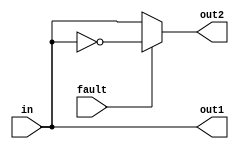
//fanouts
module Fanout (in, out1, out2, fault);
	input in, fault;
	output out1, out2;
	// if fault =1 the out2 is inverted
	assign out1 = in;
	assign out2 = fault ? ~in : in;
endmodule

//inverter
module Inverter (in, out, fault);
	input in, fault;
	output out;
	// if fault =1  out is not inverted
	assign out = fault ? in : ~in;
endmodule

//crosswire
module Crosswire (in1, in2, out1, out2, fault0, fault1);
	input in1, in2,  fault0, fault1;
	output out1, out2;
	// if ~fault1 && fault0  out1  is ~in1
	// if   fault1  && ~fault0 out2 is ~in1 (interference) 
	assign out1 = fault0 ? (~fault1 ? ~in1 : in1) : in1;
	assign out2 = fault1 ? (~fault0 ? ~in1 :in2)  : in2 ;
endmodule

//LshapedWire
module LShapedWire_4 (A, B, fault);
//forward =1 information goes A-> B
//status 00=relax,01=switch, 10=hold, 11=release
// if fault =1 the output is inverted
	//input [1:0] status;
	input A,fault;
	output B ;
	//inout A,B;
	
	assign B =  fault? ~A : A;	  
endmodule

//3-input-majority
module MajorityVoter (A, B, C, out ,fault1, fault0);
	input A,B,C;
	input fault1, fault0;
	output out;
	wor wi1, wi2, wi3;
	wor out;
	// fault1=0 fault0=0 output fault free
	// fault1=1 fault0=0 output S a B
	// fault1=0(1) fault0=1 output Maj(A',B,C')
	assign wi1 = (A & B) | (B & C) | (A & C);
	assign wi3 = (~A & B) | (B & ~C) | (~A & ~C);
	assign wi2 = (fault1) ? B : wi1;
	assign out = (fault0) ?  wi3: wi2;
endmodule

//5-input majority
module FMajorityVoter (A, B, C, D, E, out ,fault1, fault0);
	input A,B,C,D,E;
	input fault1, fault0;
	output out;
	wor wi1, wi2, wi3;
	wor out;
	// fault1=0 fault0=0 output fault free
	// fault1=1 fault0=0 output S a B
	// fault1=0(1) fault0=1 output Maj(A',B,C')
	assign wi1 = (A & B & C) | (A & B & D) | (A & B & E) | (A & C & D) |
				 (A & C & D) | (A & C & E) | (A & D & E) | (B & C & D) |
				 (B & C & E) | (B & D & E) | (C & D & E);
	assign wi3 = (~A & B) | (B & ~C) | (~A & ~C);
	assign wi2 = (fault1) ? B : wi1;
	assign out = (fault0) ?  wi3: wi2;
endmodule

//QCA Fulladder
module QCAFA(a,b,cin,sum,carry);
	input a, b, cin; 
	output sum , carry;
	
	//first crosswire
	wire acw0, bcw0, faultcw0, faultcw1;
	assign faultcw0 = 1'b0;
	assign faultcw1 = 1'b0;
	Crosswire cw1(a, b, acw0, bcw0, faultcw0,faultcw1);
	
	// A l-shaped
	wire als0, faultals0;
	assign faultals0 = 1'b0;	
	LShapedWire_4 ls1(a , als0,faultals0);
	
	// B l-shaped
	wire bls0, faultbls0;
	assign faultbls0 = 1'b0;
	LShapedWire_4 ls2(b , bls0,faultbls0);
	
	//first 3-input majority
	wire maj3out, fault3mj0, fault3mj1;
	assign fault3mj0 = 1'b0;
	assign fault3mj1 = 1'b0;
	MajorityVoter maj3(als0,bcw0,cin,maj3out,fault3mj0,fault3mj1);
	
	//inverter for 3-input maj
	wire invout, faultinv0;
	assign faultinv0 = 1'b0;
	Inverter inv0(maj3out,invout,faultinv0);
	
	//5 input majority
	wire maj5out, fault5mj0, fault5mj1;
	assign fault5mj0 = 1'b0;
	assign fault5mj1 = 1'b0;	
	FMajorityVoter maj5(acw0,bls0,cin,invout,invout, maj5out,fault5mj0,fault5mj1);
	
	//crosswire for 5 and 3-input
	wire cw3out, cw5out, faultcw2, faultcw3;
	assign faultcw2 = 1'b0;
	assign faultcw3 = 1'b0;
	Crosswire cw2(maj3out,maj5out, cw3out, cw5out, faultcw2, faultcw3);
	
	assign sum = cw5out;
	assign carry = cw3out;
endmodule

module Correction(sum1, sum2, sum3, Cout, Tens);
	input sum1, sum2, sum3, Cout;
	output Tens;
	
	//fanout
	wire fout1, fout2, faultf0;
	assign faultf0 = 1'b0;
	Fanout fo0(sum3, fout1, fout2, faultf0);
	
	//L-shaped wires
	wire lout1, lout2, faultls0, faultls1;
	assign faultls0 = 1'b0;
	assign faultls1 = 1'b0;
	LShapedWire_4 ls0(fout1,lout1,faultls0);
	LShapedWire_4 ls1(fout2,lout2,faultls1);
	
	//sum1 adn sum2, 3 input maj
	wire maj3out0, maj3out1, fault3mj0, fault3mj1, fault3mj2, fault3mj3;
	assign fault3mj0 = 1'b0;
	assign fault3mj1 = 1'b0;
	assign fault3mj2 = 1'b0;
	assign fault3mj3 = 1'b0;
	MajorityVoter mv0(lout1, sum1, 1'b0, maj3out0, fault3mj0, fault3mj1);
	MajorityVoter mv1(lout2, sum2, 1'b0, maj3out1, fault3mj2, fault3mj3);
	
	//L-shapred wire
	wire lout3, faultls2;
	assign faultls2 = 1'b0;
	LShapedWire_4 ls2(maj3out0,lout3,faultls2);
	
	//or gate
	wire maj3out2, maj3out3, fault3mj4, fault3mj5, fault3mj6, fault3mj7;
	assign fault3mj4 = 1'b0;
	assign fault3mj5 = 1'b0;
	assign fault3mj6 = 1'b0;
	assign fault3mj7 = 1'b0;
	MajorityVoter mv2(lout3, maj3out1, 1'b1, maj3out2, fault3mj4, fault3mj5);
	MajorityVoter mv3(Cout, maj3out2, 1'b1, maj3out3, fault3mj4, fault3mj5);
	
	assign Tens = maj3out3;
endmodule

module rc(a,b,sum, Tens);
	input [3:0] a, b;
	wire [3:0] topsum;
	output Tens;
	wire Cout, bCout;
	output [3:0] sum;

	
	wire [3:0] cchain;
	wire [3:0] bcchain;

	
	//4 bit ripple carry
	QCAFA add0(a[0],b[0],1'b0,topsum[0],cchain[0]);
	QCAFA add1(a[1],b[1],cchain[0],topsum[1],cchain[1]);
	QCAFA add2(a[2],b[2],cchain[1],topsum[2],cchain[2]);
	QCAFA add3(a[3],b[3],cchain[2],topsum[3],Cout);
	
	//fanout from the top 4-bit ripple carry
	wire sum3fo0, sum3fo1, sum3f, sum2fo0, sum2fo1, sum2f, sum1fo0, sum1fo1, sum1f;
	assign sum3f = 1'b0;
	assign sum2f = 1'b0;
	assign sum1f = 1'b0;
	Fanout sum3fo(topsum[3],sum3fo0,sum3fo1,sum3f);
	Fanout sum2fo(topsum[2],sum2fo0,sum2fo1,sum2f);
	Fanout sum1fo(topsum[1],sum1fo0,sum1fo1,sum1f);
	
	Correction cor(sum1fo0,sum2fo0,sum3fo0,Cout,Tens);
	
	QCAFA badd0(1'b0,topsum[0],1'b0,sum[0],bcchain[0]);
	QCAFA badd1(Tens,sum1fo1,bcchain[0],sum[1],bcchain[1]);
	QCAFA badd2(Tens,sum2fo1,bcchain[1],sum[2],bcchain[2]);
	QCAFA badd3(1'b0,sum3fo1,bcchain[2],sum[3],bCout);

	
endmodule

module test;
	//inputs
	reg [3:0] a; 
	reg [3:0] b;
	
	//outputs
	wire [3:0] sum;
	wire Tens;
	
	reg tester;
	
	integer i,j;
	
	rc go(
		.a(a),
		.b(b),
		.sum(sum),
		.Tens(Tens)
	);
	
	initial begin
		//initialize inputs
		a=0;
		b=0;
	end
	
	always @ (a,b)
		begin
		
		for(i=0; i < 16; i = i + 1)
		begin
			for(j=0;j<16;j=j+1)
			begin
				a=i; b=j;
				#10
				tester=(sum==a+b);
				$monitor("a=%b, b=%b, sum=%b, carry=%h, test=%d",a, b, sum, Tens, tester);
			end
		end
			
		#20 $stop;	
	end
	
	initial begin
		$dumpfile("BCDout.txt");
		$dumpvars(0,test);
	
	end
endmodule